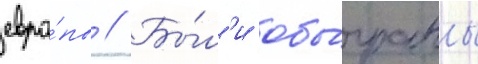
евро́пы // Бы́л'и обы́граны